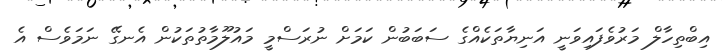
އިބްތިހާލް މަރުވެފައިވަނީ އަނިޔާތަކެއްގެ ސަބަބުން ކަމަށް ނުރަސްމީ މައުލޫމާތުތަކުން އެނގޭ ނަމަވެސް އެ